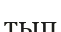
тып